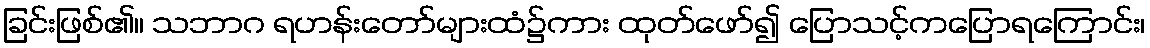
ခြင်းဖြစ်၏။ သဘာဂ ရဟန်းတော်များထံ၌ကား ထုတ်ဖော်၍ ပြောသင့်ကပြောရကြောင်း၊